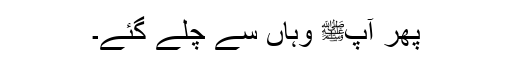
پھر آپﷺ وہاں سے چلے گئے۔